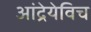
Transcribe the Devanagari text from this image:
आंद्रेयेविच